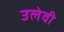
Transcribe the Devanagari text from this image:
उलेवी